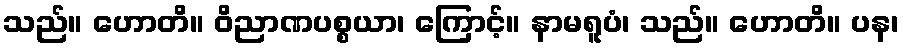
သည်။ ဟောတိ။ ဝိညာဏပစ္စယာ၊ ကြောင့်။ နာမရူပံ၊ သည်။ ဟောတိ။ ပန၊